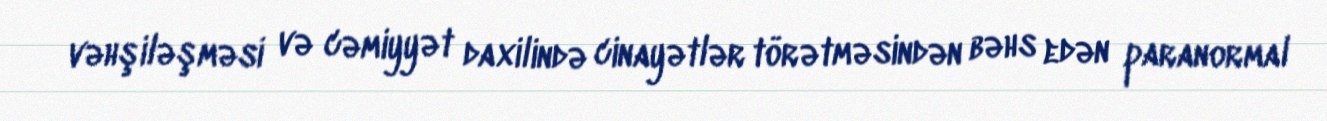
vəhşiləşməsi və cəmiyyət daxilində cinayətlər törətməsindən bəhs edən paranormal